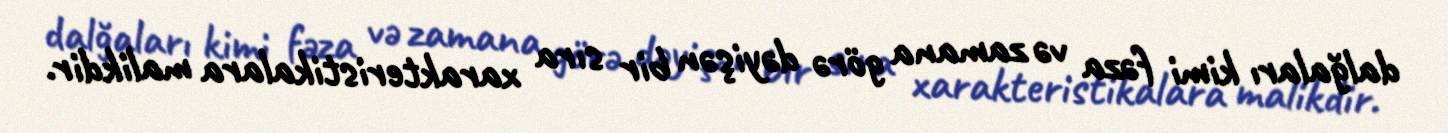
dalğaları kimi fəza və zamana görə dəyişən bir sıra xarakteristikalara malikdir.